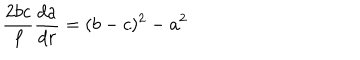
LaTeX: \frac { 2 b c } { f } \frac { d a } { d r } = ( b - c ) ^ { 2 } - a ^ { 2 }